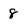
Character: 8